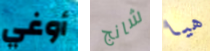
أوغي شانج هيا